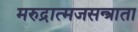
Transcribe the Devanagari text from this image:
मरुद्रात्मजसन्त्राता